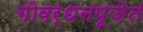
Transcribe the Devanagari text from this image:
गोवर्धनपूजेत